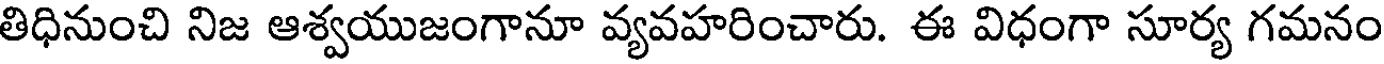
తిధినుంచి నిజ ఆశ్వయుజంగానూ వ్యవహరించారు. ఈ విధంగా సూర్య గమనం